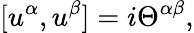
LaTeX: \lbrack u^{\alpha},u^{\beta}]=i\Theta^{\alpha\beta},